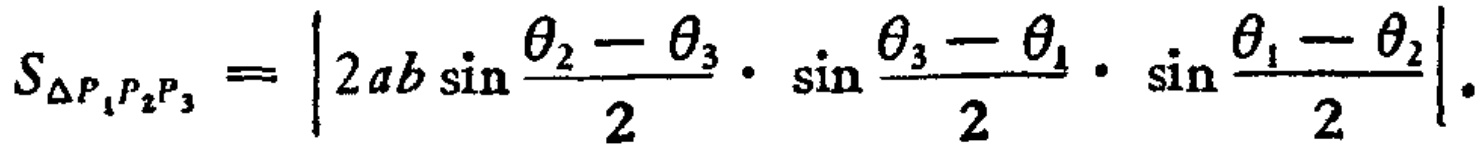
\[S_{\Delta P_{1}P_{2}P_{3}}=\left|2ab\sin\frac{\theta_{2}-\theta_{3}}{2}\cdot\sin\frac{\theta_{3}-\theta_{1}}{2}\cdot\sin\frac{\theta_{1}-\theta_{2}}{2}\right|.\]